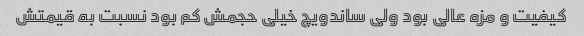
کیفیت و مزه عالی بود ولی ساندویچ خیلی حجمش کم بود نسبت به قیمتش